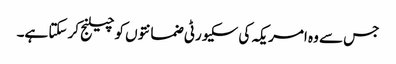
جس سے وہ امریکہ کی سکیورٹی ضمانتوں کو چیلنج کر سکتا ہے۔